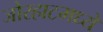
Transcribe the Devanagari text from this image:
जोरहाटमध्ये